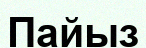
Пайыз